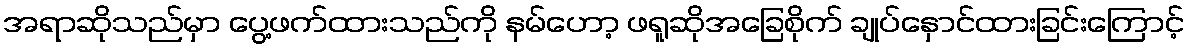
အရာဆိုသည်မှာ ပွေ့ဖက်ထားသည်ကို နမ်ဟော့ ဖရူဆိုအခြေစိုက် ချုပ်နှောင်ထားခြင်းကြောင့်